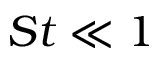
S t \ll 1